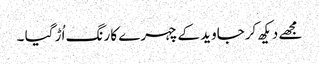
مجھے دیکھ کرجاوید کےچہرے کا رنگ اُڑ گیا ۔